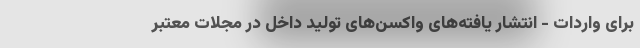
برای واردات - انتشار یافته‌های واکسن‌های تولید داخل در مجلات معتبر